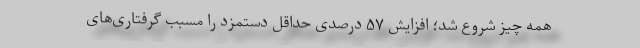
همه چیز شروع شد؛ افزایش ۵۷ درصدی حداقل دستمزد را مسببِ گرفتاری‌های